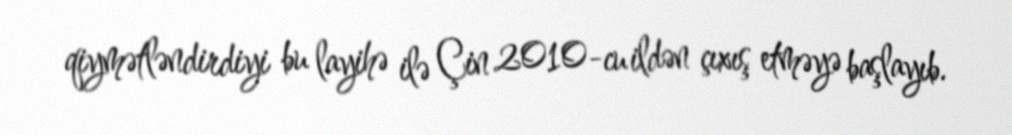
qiymətləndirdiyi bu layihə ilə Çin 2010-cu ildən çıxış etməyə başlayıb.